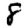
Digit: 8